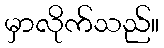
မှာလိုက်သည်။